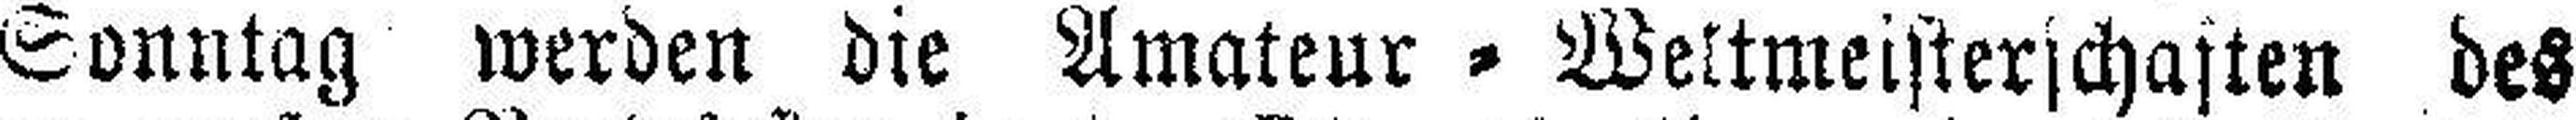
Sonntag werden die Amateur = Weltmeisterschaften des